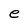
Character: e